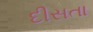
દીસતા